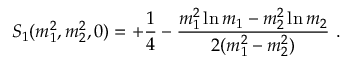
S _ { 1 } ( m _ { 1 } ^ { 2 } , m _ { 2 } ^ { 2 } , 0 ) = + \frac { 1 } { 4 } - \frac { m _ { 1 } ^ { 2 } \ln { m _ { 1 } } - m _ { 2 } ^ { 2 } \ln { m _ { 2 } } } { 2 ( m _ { 1 } ^ { 2 } - m _ { 2 } ^ { 2 } ) } \ .